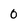
Character: 0